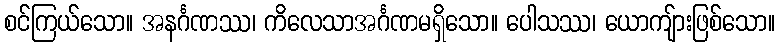
စင်ကြယ်သော။ အနင်္ဂဏဿ၊ ကိလေသာအင်္ဂဏမရှိသော။ ပေါသဿ၊ ယောကျ်ားဖြစ်သော။